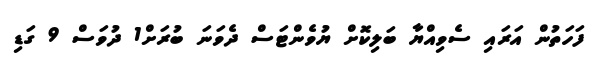
ފަހަތުން އަރައި ސެވިއްޔާ ބަލިކޮށް ޔުވެންޓަސް ދެވަނަ ބުރަށް1 ދުވަސް 9 ގަޑި